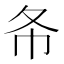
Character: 𢁙